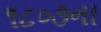
૧૮૦૭ના